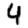
Digit: 4